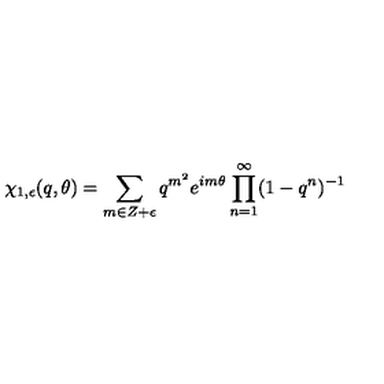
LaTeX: \chi _ { 1 , \epsilon } ( q , \theta ) = \sum _ { m \in Z + \epsilon } q ^ { m ^ { 2 } } e ^ { i m \theta } \prod _ { n = 1 } ^ { \infty } ( 1 - q ^ { n } ) ^ { - 1 }